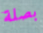
بصلة